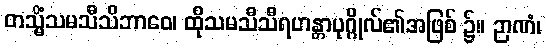
တသ္မိံသမသီသိဘာဝေ၊ ထိုသမသီသီရဟန္တာပုဂ္ဂိုလ်၏အဖြစ် ၌။ ဉာဏံ၊